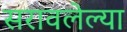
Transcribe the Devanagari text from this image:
सरावलेल्या